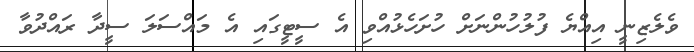
ވެލެޒިނީ އިއްޔެ ފުލުހުންނަށް ހުށަހެޅުއްވި އެ ސީޓީގައި އެ މައްސަލަ ސީދާ ރައްދުވާ